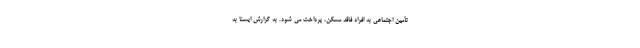
تأمین اجتماعی به افراد فاقد مسکن، پرداخت می شود. به گزارش ایسنا به